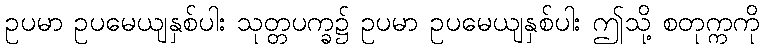
ဥပမာ ဥပမေယျနှစ်ပါး သုတ္တပက္ခ၌ ဥပမာ ဥပမေယျနှစ်ပါး ဤသို့ စတုက္ကကို